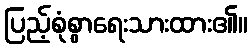
ပြည့်စုံစွာရေးသားထား၏။